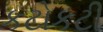
કટોકટી